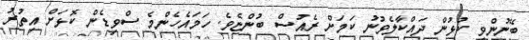
ބޭނުންވި ކުޅުން ދައްކާލެވުނު ކަމަށް ރެއުސް ބުންޏެވެ. ހަމައެހެންމެ ސްވިޑެން ކޮޅަށް އިތުރު